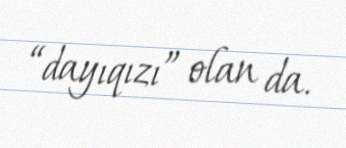
“dayıqızı” olan da.